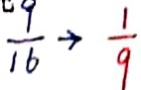
\frac { 9 } { 1 6 } \rightarrow \frac { 1 } { 9 }